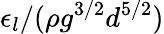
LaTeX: \epsilon_{l}/(\rho g^{3/2}d^{5/2})